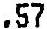
.57